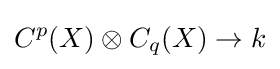
C^{p}(X)\otimes C_{q}(X)\to k